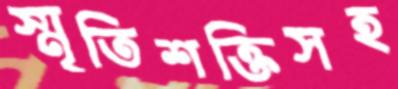
স্মৃতিশক্তিসহ